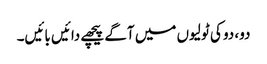
دو، دو کی ٹولیوں میں آگے پیچھے دائیں بائیں۔